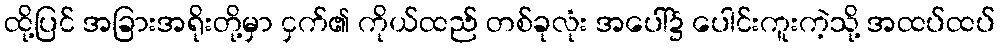
ထို့ပြင် အခြားအရိုးတို့မှာ ငှက်၏ ကိုယ်ထည် တစ်ခုလုံး အပေါ်၌ ပေါင်းကူးကဲ့သို့ အထပ်ထပ်